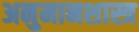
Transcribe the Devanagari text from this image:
अनुमानशास्त्र